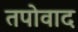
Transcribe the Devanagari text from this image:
तपोवाद